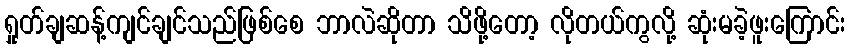
ရှုတ်ချဆန့်ကျင်ချင်သည်ဖြစ်စေ ဘာလဲဆိုတာ သိဖို့တော့ လိုတယ်ကွလို့ ဆုံးမခဲ့ဖူးကြောင်း